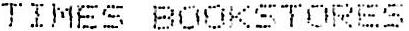
TIMES BOOKSTORES